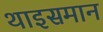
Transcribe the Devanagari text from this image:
थाइसमान